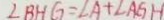
\angle B H G = \angle A + \angle A G H